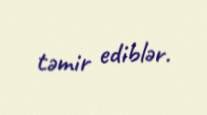
təmir ediblər.